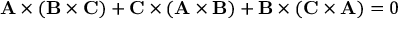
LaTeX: \mathbf { A } \times ( \mathbf { B } \times \mathbf { C } ) + \mathbf { C } \times ( \mathbf { A } \times \mathbf { B } ) + \mathbf { B } \times ( \mathbf { C } \times \mathbf { A } ) = 0